Annual administration report of the Civil Veterinary Department, Sind - 1945-1946
Year: 1945
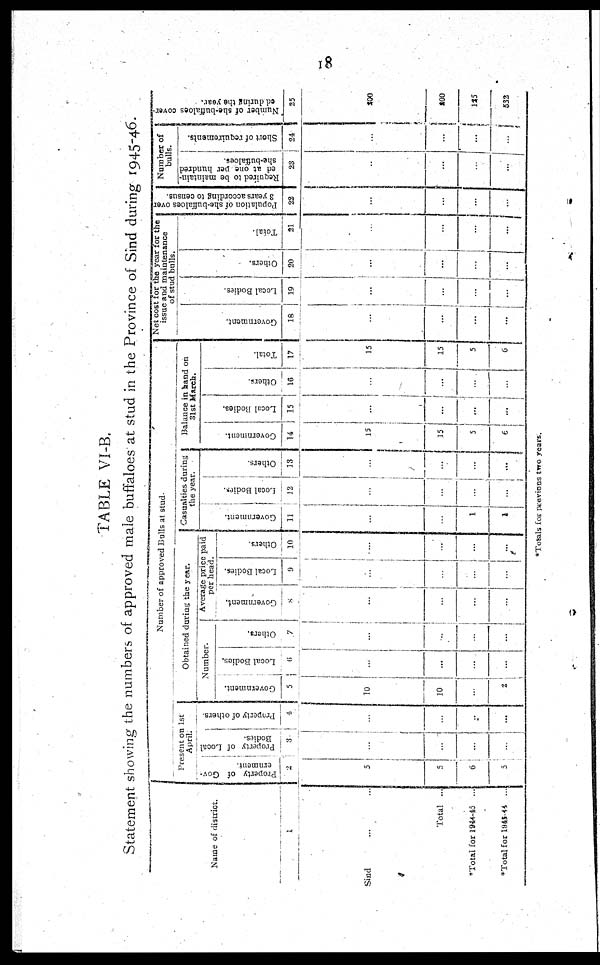
18
TABLE VI-B.
Statement showing the numbers of approved male buffaloes at stud in the Province of Sind during 1945-46.
Name of district.
1
Sind ... ...
Total ...
*Total for 1944-45 ...
*Total for 1945-44 ...
Number of approved Bulls at stud.
Present on 1st
April.
Property of Gov-
ernment.
2
5
5
6
5
Property of Local
Bodies.
3
...
...
...
...
Property of others.
4
...
...
...
...
Obtained during the year.
Number.
Government.
5
10
10
...
...
Local Bodies.
6
...
...
...
...
Others.
7
...
...
...
...
Average price paid
per head.
Government.
8
...
...
...
...
Local Bodies.
9
...
...
...
...
Others.
10
...
...
...
...
Casualties during
the year.
Go v e r
n me n t.
11
......
...
1
1
Local Bodies.
12
...
...
...
...
Others.
13
...
...
...
...
Balance in band on
31st March.
Go v e r
n me n t.
14
15
15
5
6
Local Bodies.
15
...
...
...
...
Others.
16
...
...
...
...
Tot al .
17
...
15
5
6
Net cost for the year for the
issue and maintenance
of stud bulls.
Go v e r
n me n t,
18
...
...
...
...
Local Bodies.
19
...
...
...
...
Ot her s .
20
...
...
...
...
Tot al .
21
...
...
...
...
Population of she-buffaloes over
3 years according to
census.
22
...
...
...
...
Number of
bulls.
Required to be maintain-
ed at one per hundred
she-buffaloes.
23
...
...
...
...
Short of requirements.
24
...
...
...
...
Number of she-buffaloes cover-
ed during the year.
25
200
200
125
532